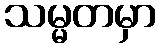
သမ္မတမှာ